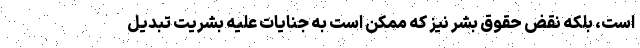
است، بلکه نقض حقوق بشر نیز که ممکن است به جنایات علیه بشریت تبدیل